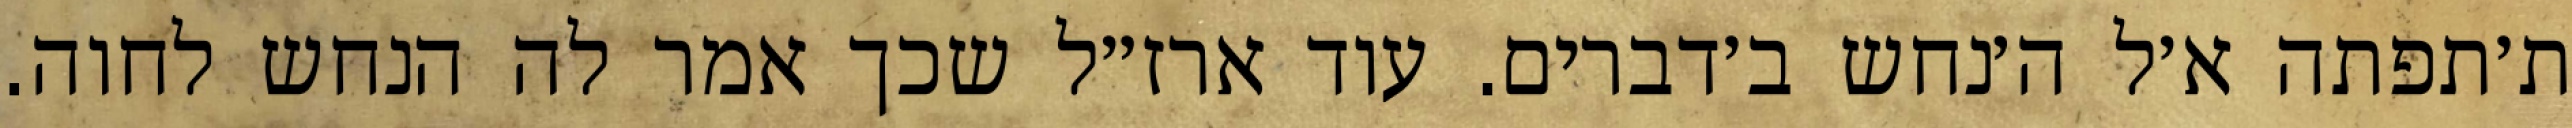
ת׳תפתה א׳ל ה׳נחש ב׳דברים. עוד ארז״ל שכך אמר לה הנחש לחוה.